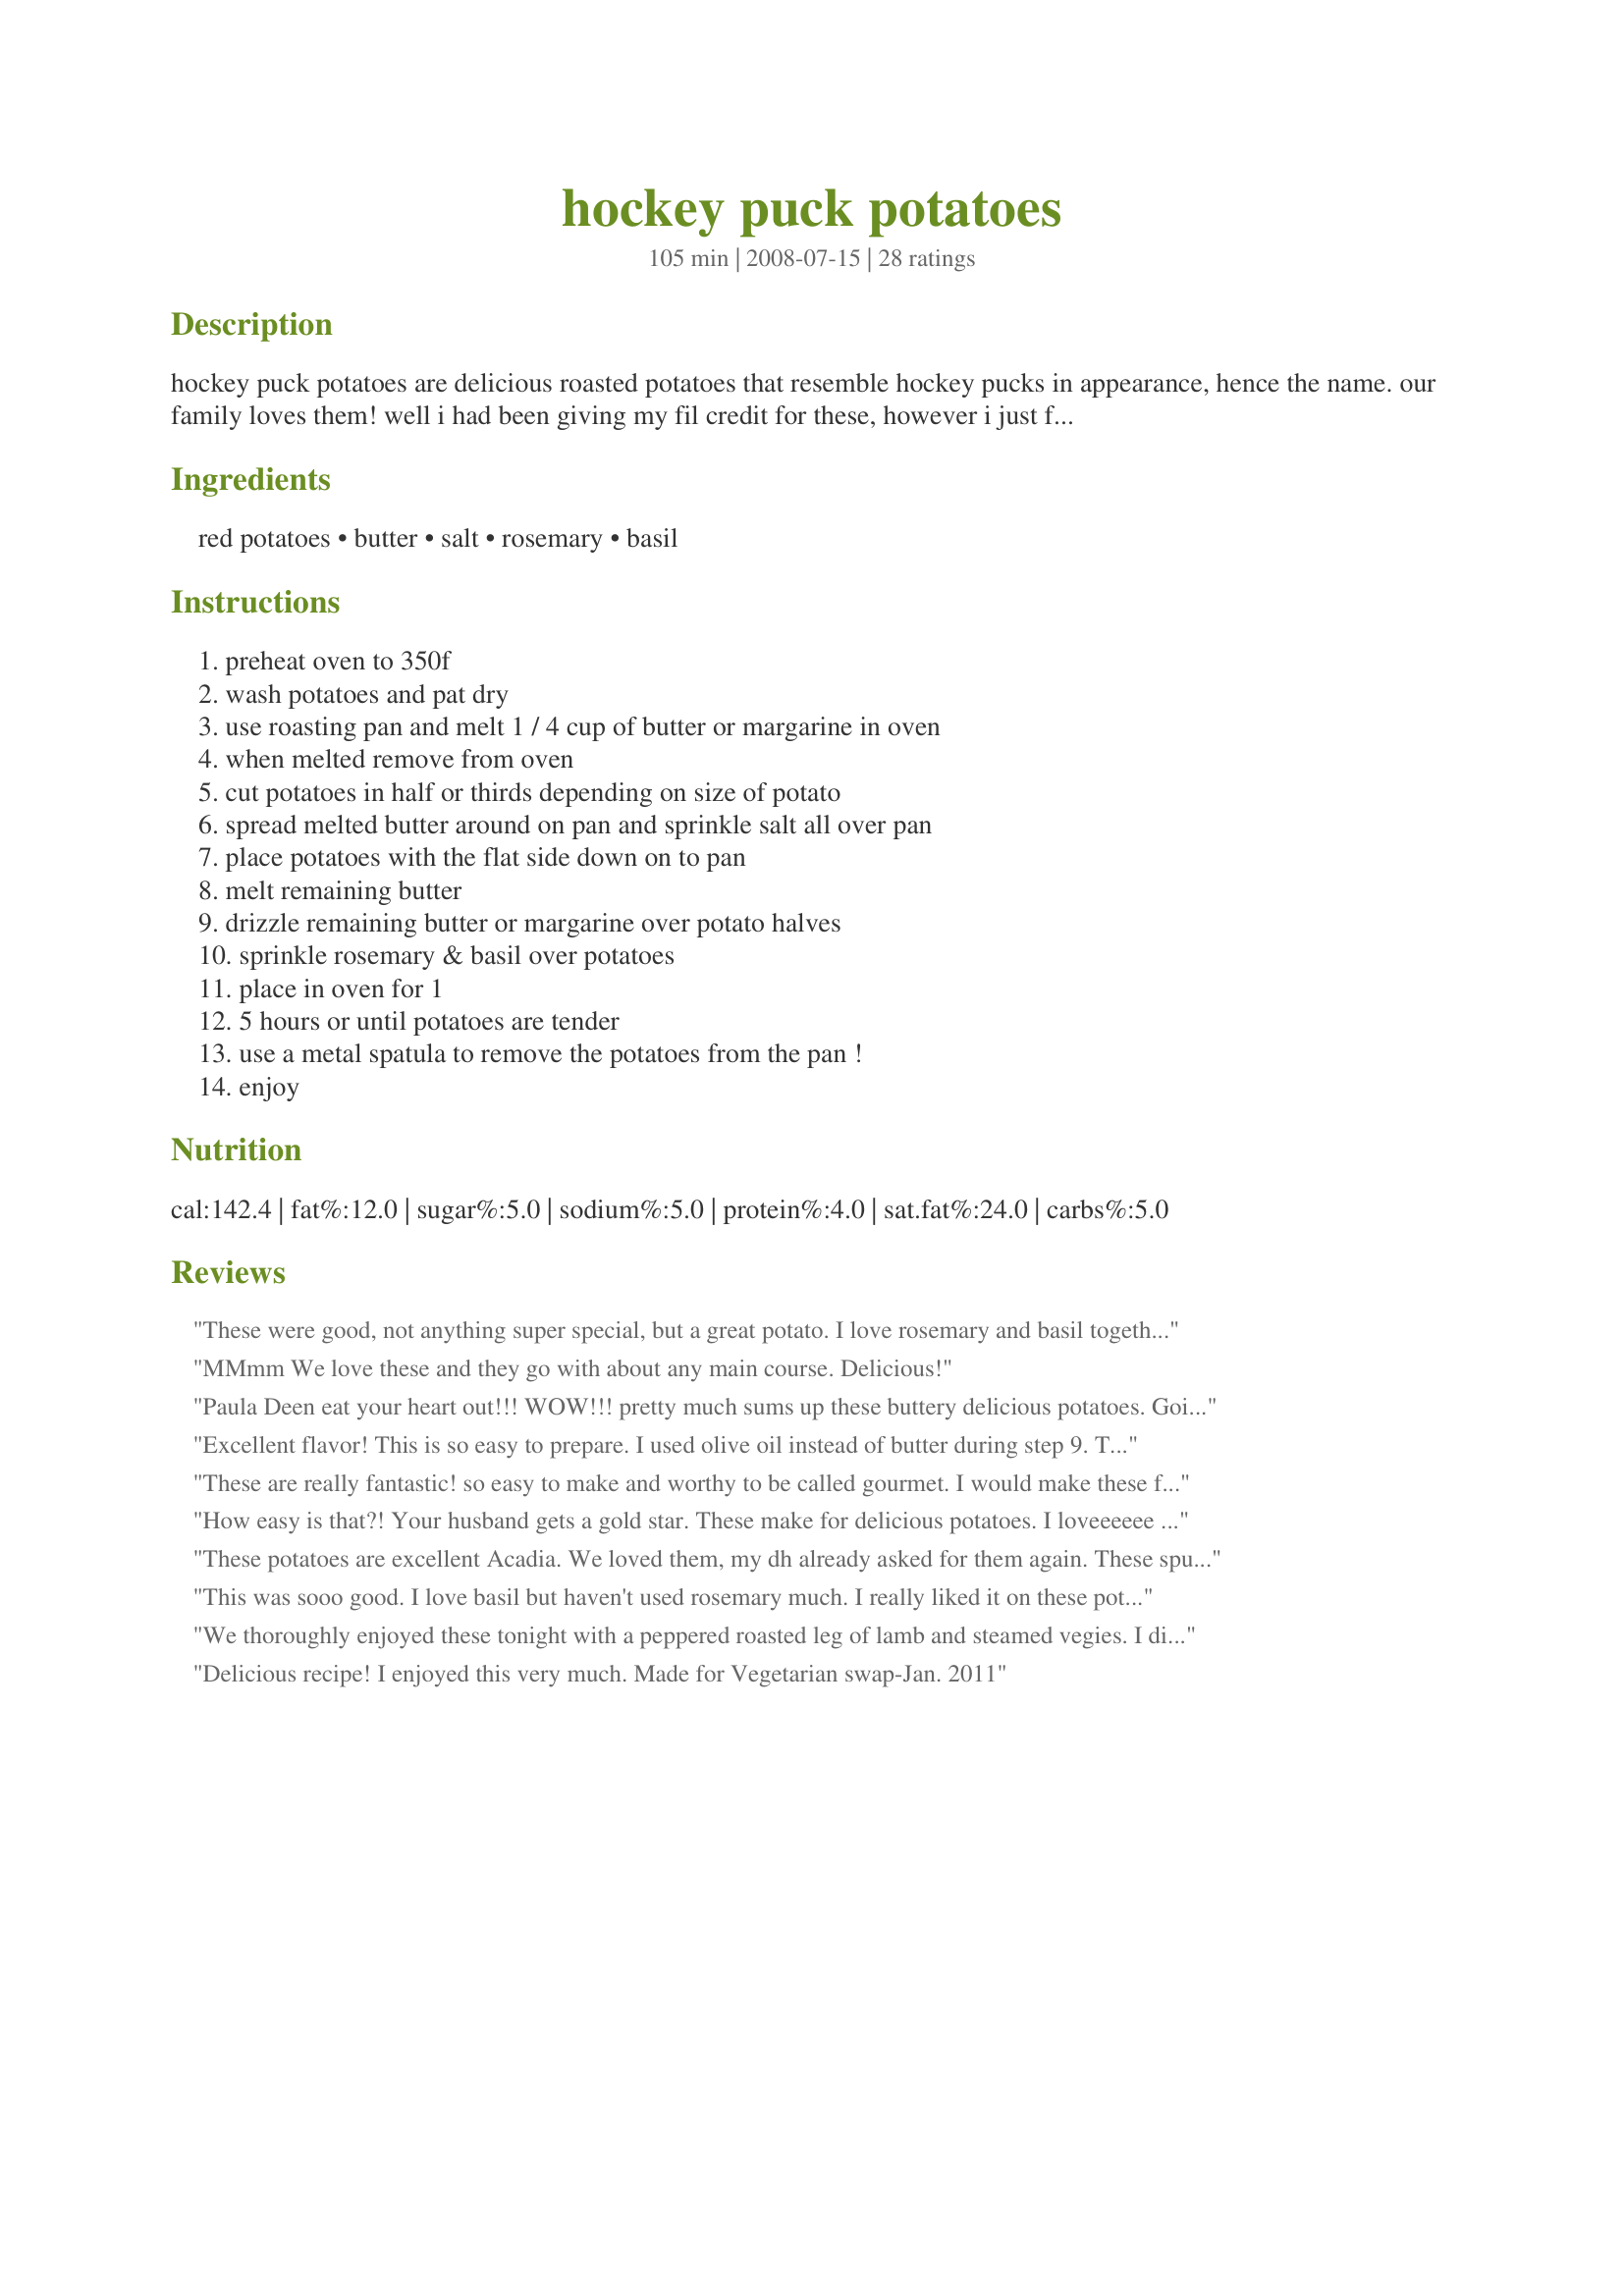
hockey puck potatoes
Preparation time: 105 minutes

hockey puck potatoes are delicious roasted potatoes that resemble hockey pucks in appearance, hence the name. our family loves them! well i had been giving my fil credit for these, however i just found out that my dh (george) was the originator, so now i'm giving him credit. my contribution to the recipe was add the rosemary and basil. please enjoy!

Ingredients:
red potatoes, butter, salt, rosemary, basil

Steps:
preheat oven to 350f, wash potatoes and pat dry, use roasting pan and melt 1 / 4 cup of butter or margarine in oven, when melted remove from oven, cut potatoes in half or thirds depending on size of potato, spread melted butter around on pan and sprinkle salt all over pan, place potatoes with the flat side down on to pan, melt remaining butter, drizzle remaining butter or margarine over potato halves, sprinkle rosemary & basil over potatoes, place in oven for 1, 5 hours or until potatoes are tender, use a metal spatula to remove the potatoes from the pan !, enjoy

Reviews:
These were good, not anything super special, but a great potato. I love rosemary and basil together! I made them with country crock so I didn't use the salt, but the flavor did not need any adjusting.
MMmm We love these and they go with about any main course. Delicious!
Paula Deen eat your heart out!!! WOW!!! pretty much sums up these buttery delicious potatoes. Going to break a tradition this year and serve a double batch of these potatoes for Easter dinner instead of mashed potatoes and gravy. Thanks for posting this recipe Debby...it's a definite keeper. You and George make a smashing team ;) Made and reviewed for Spring PAC 2010
Excellent flavor! This is so easy to prepare. I used olive oil instead of butter during step 9. That's the only change I made. These are crispy on the outside and tender on the inside. Thanks for posting. :)
These are really fantastic! so easy to make and worthy to be called gourmet. I would make these for company. its really easy to forget each half is half a potato and end up eating 3 in one sitting. these are on the keeper list for sure, thank you for sharing
How easy is that?! Your husband gets a gold star. These make for delicious potatoes. I loveeeeee the cripsy outsides. Next time, I will check and flip the potatoes after about 50 min. to an hour. I used a dairy-free butter (Earth Balance) this time because we are trying to go dairy-free for a while. I can imagine that the potatoes would be even more decadent with real butter. I might think about lessening the amt. of butter next time. This may be my new favorite way to have potatoes. Thanks!
These potatoes are excellent Acadia. We loved them, my dh already asked for them again. These spuds are crisp and crunchy on the outside while staying tender and light on the inside. The basil and rosemary were a wonderful addition to the potatoes. Thanks for sharing a recipe that I will make again and again . Made for the Comfort Cafe's Coffee Diva.../09 :)
This was sooo good. I love basil but haven't used rosemary much. I really liked it on these potatos. Thanks for a great recipe.
We thoroughly enjoyed these tonight with a peppered roasted leg of lamb and steamed vegies. I did use fresh rosemary and basil finely chopped (about 1 teaspoon of each). I was worried about the cooking time but it worked out correct and gave a lovely crispy potatoe with a soft centre. I also peeled my potatoes (that was the only way the rest of the family would eat them - I personally prefer skin on but I am outvoted). The only change I would consider is making it half butter and half oil or using ghee. Thank you Acadia for a recipe that the DH has asked to be served again, made for Potluck Tag.
Delicious recipe! I enjoyed this very much. Made for Vegetarian swap-Jan. 2011
I must add my accolades to the ones adorning this recipe. I wondered how something so easy could get so many rave reviews; now I know. The butter (and herbs) permeate the potatoes while they're baking, making them sooo creamy and buttery tasting! DH loved them also, which is not always a given! Thanks so much for sharing, Acadia*!
These are as good as it gets--crisp on the outside, rich and creamy on the inside. The seasonings were perfect. Thanks for posting!
Love these potatoes! They are so tasty and easy to make. Love the crispiness on the outside and the softness on the inside. The seasonings are wonderful as well. Thanks for sharing! Made for Photo Tag.
We loved these potatoes!!! This is the way my dad bakes them and is his speciality.And one of the few things he knows to cook.Thanks for sharing.
We enjoyed these with dinner. They had great flavor. I baked them for 45 min and then DH started the meat on the grill so in the intrest of having everything on the table at the same time I microwaved them. AHH I know but what else could I do. They were crisp enough though because of the baking. The only change I would make is toss the potates in half the butter and then sprinkle the seasoning on.
These were pretty good. I loved how they were crispy on the outside, but nice and soft on the inside. Thanks for posting!
Wonderful roasted potatoes! I used unsalted butter, sliced my potatoes into fourths, and enjoyed the rosemary and basil flavors. Will try these on the grill wrapped in aluminum foil next time too. Thanks for sharing Acadia! Made and reviewed for the Vegetarian/Vegan Forums Vege Swap #47, June 2012.
Delightful buttery flavor and beautiful brown color! What's not to love. I'll use a little less butter next time. I had not problems with sticking. They slid right out of the casserole dish I used to cook them.
Boy do you have a winner of a side dish recipe here! We loved the flavors and the texture of the finished potatoes. I used baby white potatoes and my clay baker in the oven. These are perfect and with the small potatoes (still cut in half) they were finished in just under an hour. I think next time I'll reduce the butter just a bit but that is because of the clay baker. Wonderful side that I served with Recipe #387356 tonight. Thanks for sharing. Made for Potluck Tag.
I'd rather give advice about love, but today I'm advertising myself as an expert on potatoes. Couldn't get any easier, tastier or prettier. Any other advice needed, the doctor is in. Made for Potluck Tag.
Wonderful texture...they were so crispy on the outside and soft - almost mashed potato like in the middle. These were swimming in butter though! I even cut back a few tablespoons, next time I might just half - and there will be a next time! The flavor was spot-on even with such simple and easy ingredients!
These were so good with our fish! I loved the blend of herbs with the potatoes!
Used Idaho potatoes and they turned out really good, crispy and with wonderful flavors. This recipe was posted in 2011 Cookbook of Favorites. Recommended by LifeIsGood. I agree. A definite repeat recipe. Thanks~
These are GREAT!!!! I absolutely loved them....they are exactly as all of the reviews said they would be. I'm so glad that I tried it, as we will definitely be having these again. The skins weren't as crispy as I had hoped they would be, but I'm sure it's my fault because I had to use russet potatoes. I can't wait to try them as written. Made for Potluck Tag.
We have not stopped eating these since the first time we had them over a year ago. Sorry it took so long to review, but better late than never. I love the herb flavor with potatoes and these are my favorite way to bake potatoes!
Mmmm Good and so easy. I loved should have made more. I made as is but just because I love to experament I think next time I will try using some tarragon vinegar
Where's that 20 star review option when you need it??? LOL<br/><br/>LifeIsGood recommended them in the 2011 Member's Cookbook in the Q & A forum and I've been aching to try them since then. I decided to use my Gran's cast iron skillet vs. the 8" x 8" pan listed; the recipe has a stick of butter in it and I knew that that much butter would NOT allow anything to stick! I also tried both Yukon Gold and Red Skinned Potatoes, just because I could and we could barely tell the difference. The Red Skinned had a very slight sweet taste to them but it was pleasant. The herb/salt ratio was bang on and that's saying something, as we are a family that does NOT enjoy salty food...ever. There was just enough to create the most tantalizing juxtaposition between the creamy sweetness of the potatoes interior and the herb/salt crusted outside. The next time I make them, I must photograph them in that cast iron pan, but we were too starved from yard work to care about photos. My kids actually drew straws, to see who would get the last potato! Silly kids! :)
These potatoes are great. I love the crispy outside. Made for VegNSwap 9.
